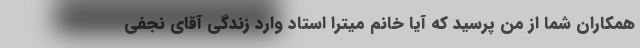
همکاران شما از من پرسید که آیا خانم میترا استاد وارد زندگی آقای نجفی